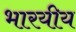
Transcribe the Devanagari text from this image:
भारयीय